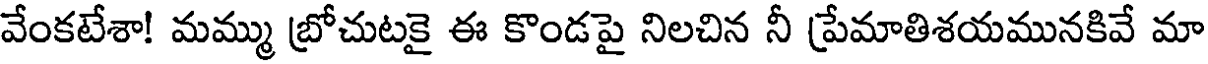
వేంకటేశా! మమ్ము బ్రోచుటకై ఈ కొండపై నిలచిన నీ ప్రేమాతిశయమునకివే మా